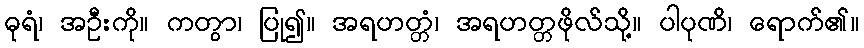
ဓုရံ၊ အဦးကို။ ကတွာ၊ ပြု၍။ အရဟတ္တံ၊ အရဟတ္တဖိုလ်သို့။ ပါပုဏိ၊ ရောက်၏။